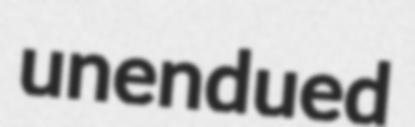
unendued